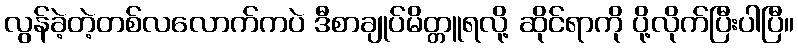
လွန်ခဲ့တဲ့တစ်လလောက်ကပဲ ဒီစာချုပ်မိတ္တူရလို့ ဆိုင်ရာကို ပို့လိုက်ပြီးပါပြီ။